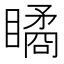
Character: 瞲